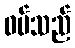
ဝမ်သည်